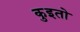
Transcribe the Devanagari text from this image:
कुइतो